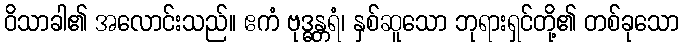
ဝိသာခါ၏ အလောင်းသည်။ ဧကံ ဗုဒ္ဓန္တရံ၊ နှစ်ဆူသော ဘုရားရှင်တို့၏ တစ်ခုသော